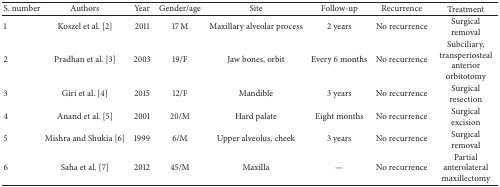
| S. number | Authors | Year | Gender/age | Site | Follow-up | Recurrence | Treatment |
 | --- | --- | --- | --- | --- | --- | --- | --- |
 | 1 | Koszel et al. [2] | 2011 | 17 M | Maxillary alveolar process | 2 years | No recurrence | Surgical removal |
 | 2 | Pradhan et al. [3] | 2003 | 19/F | Jaw bones, orbit | Every 6 months | No recurrence | Subciliary, transperiosteal anterior orbitotomy |
 | 3 | Giri et al. [4] | 2015 | 12/F | Mandible | 3 years | No recurrence | Surgical resection |
 | 4 | Anand et al. [5] | 2001 | 20/M | Hard palate | Eight months | No recurrence | Surgical excision |
 | 5 | Mishra and Shukia [6] | 1999 | 6/M | Upper alveolus, cheek | 3 years | No recurrence | Surgical removal |
 | 6 | Saha et al. [7] | 2012 | 45/M | Maxilla | — | No recurrence | Partial anterolateral maxillectomy |